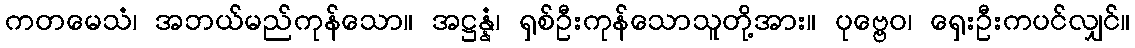
ကတမေသံ၊ အဘယ်မည်ကုန်သော။ အဋ္ဌန္နံ၊ ရှစ်ဦးကုန်သောသူတို့အား။ ပုဗ္ဗေဝ၊ ရှေးဦးကပင်လျှင်။